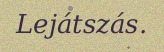
Lejátszás.